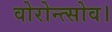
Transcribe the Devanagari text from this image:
वोरोन्त्सोव।